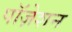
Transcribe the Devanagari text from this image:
पॉज़ेशन